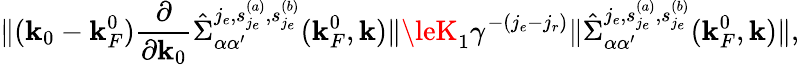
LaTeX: \Vert(\mathbf{k}_{0}-\mathbf{k}_{F}^{0})\frac{{\partial}}{{\partial\mathbf{k}_{0}}}\hat{{\Sigma}}_{\alpha\alpha^{\prime}}^{j_{e},{s_{j_{e}}^{(a)},s_{j_{e}}^{(b)}}}(\mathbf{k}_{F}^{0},{\mathbf{\mathbf{k}}})\Vert\leK_{1}\gamma^{-(j_{e}-j_{r})}\Vert\hat{{\Sigma}}_{\alpha\alpha^{\prime}}^{j_{e},{s_{j_{e}}^{(a)},s_{j_{e}}^{(b)}}}(\mathbf{k}_{F}^{0},{\mathbf{\mathbf{k}}})\Vert,